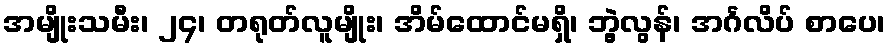
အမျိုးသမီး၊ ၂၄၊ တရုတ်လူမျိုး၊ အိမ်ထောင်မရှိ၊ ဘွဲ့လွန်၊ အင်္ဂလိပ် စာပေ၊